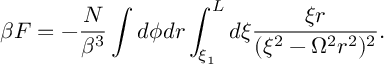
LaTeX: \beta F = - \frac { N } { \beta ^ { 3 } } \int d \phi d r \int _ { \xi _ { 1 } } ^ { L } d \xi \frac { \xi r } { ( \xi ^ { 2 } - \Omega ^ { 2 } r ^ { 2 } ) ^ { 2 } } .